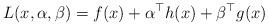
LaTeX: \begin{align*}L(x, \alpha, \beta) = f(x)+\alpha^\top h(x) + \beta^\top g(x)\end{align*}